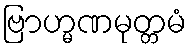
ဗြာဟ္မဏမုတ္တမံ